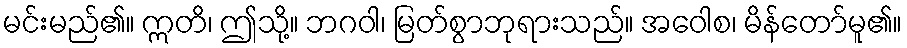
မင်းမည်၏။ ဣတိ၊ ဤသို့။ ဘဂဝါ၊ မြတ်စွာဘုရားသည်။ အဝေါစ၊ မိန်တော်မူ၏။